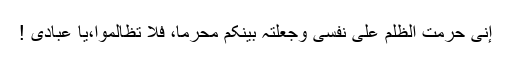
إنی حرمت الظلم علی نفسی وجعلتہ بینکم محرما، فلا تظالموا،یا عبادی !